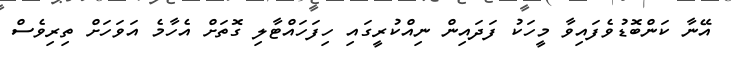
އޭނާ ކަންބޮޑުވެފައިވާ މީހަކު ފަދައިން ނިއްކުރީގައި ހިފަހައްޓާލި ގޮތަށް އެހާމެ އަވަހަށް ތިރިވެސް